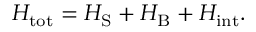
H _ { \mathrm { t o t } } = H _ { \mathrm { S } } + H _ { \mathrm { B } } + H _ { \mathrm { i n t } } .